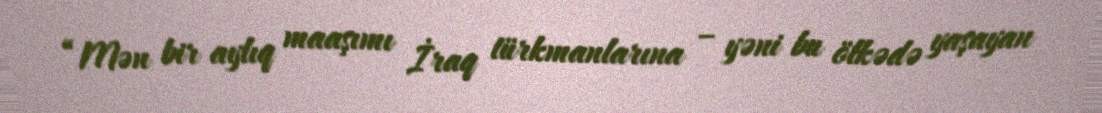
“Mən bir aylıq maaşımı İraq türkmanlarına – yəni bu ölkədə yaşayan